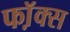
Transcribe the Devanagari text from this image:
फॉ़क्स